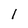
Character: l